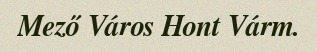
Mező Város Hont Várm.